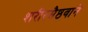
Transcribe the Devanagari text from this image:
शरीरसैष्ठवाने